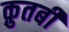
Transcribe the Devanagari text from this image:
क़ुतबी